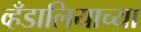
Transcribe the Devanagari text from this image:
व्हँडालियाच्या